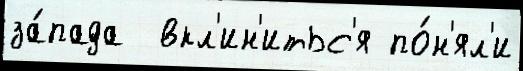
за́пада  вкл'ин'итьс'я по́н'ял'и